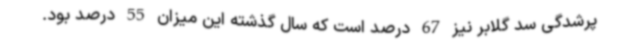
پرشدگی سد گلابر نیز 67 درصد است که سال گذشته این میزان 55 درصد بود.